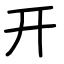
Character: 开